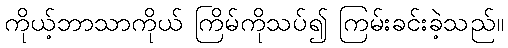
ကိုယ့်ဘာသာကိုယ် ကြိမ်ကိုသပ်၍ ကြမ်းခင်းခဲ့သည်။